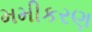
મમીકરણ